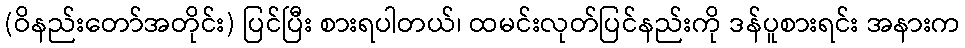
(ဝိနည်းတော်အတိုင်း) ပြင်ပြီး စားရပါတယ်၊ ထမင်းလုတ်ပြင်နည်းကို ဒန်ပူစားရင်း အနားက